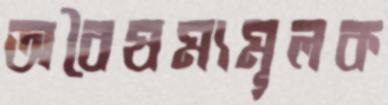
অবৈষম্যমূলক